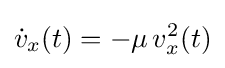
{\dot {v}}_{x}(t)=-\mu \,v_{x}^{2}(t)